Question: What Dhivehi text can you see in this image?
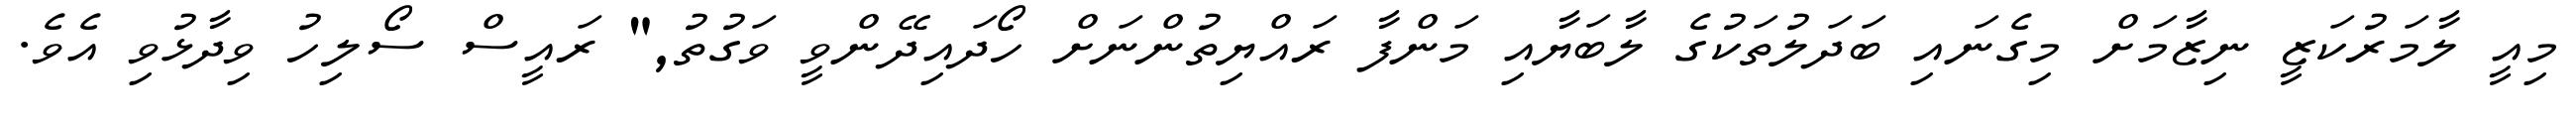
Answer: މިއީ ލާމަރުކަޒީ ނިޒާމަށް މިގެނައި ބަދަލުތަކުގެ ލާބަޔާއި މަންފާ ރައްޔިތުންނަށް ހޯދައިދޭންވީ ވަގުތު," ރައީސް ސޯލިހު ވިދާޅުވި އެވެ.